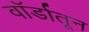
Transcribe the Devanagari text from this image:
वॉर्डातून